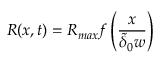
R ( x , t ) = R _ { m a x } f \left( \frac { x } { \widetilde { \delta } _ { 0 } w } \right)